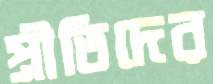
প্রীতিদের